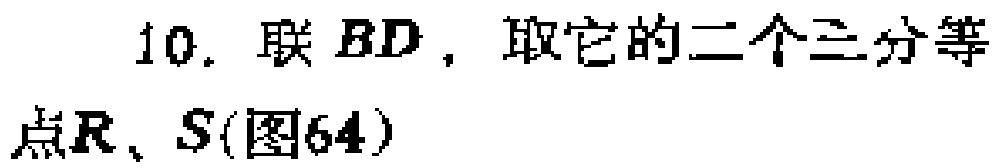
10. 联 \(BD\)，取它的二个三分等点\(R\)、\(S\)(图64)